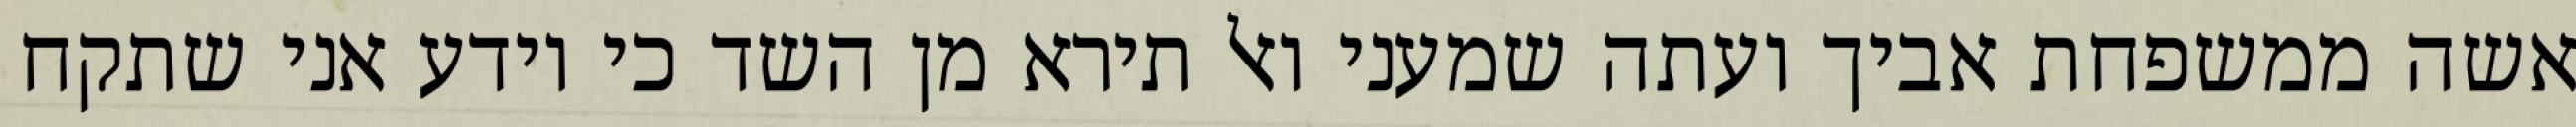
אשה ממשפחת אביך ועתה שמעני ואל תירא מן השד כי יודע אני שתקח